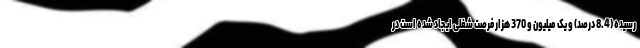
رسیده (8.4 درصد) و یک میلیون و 370 هزار فرصت شغلی ایجاد شده است در